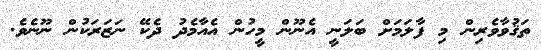
ތަޤުވާވެރިން މި ފާލަމަށް ބަލަނީ އެނޫން މީހުން އެއާމެދު ދެކޭ ނަޒަރަކުން ނޫނެވެ.